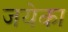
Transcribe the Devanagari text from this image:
जयेका